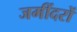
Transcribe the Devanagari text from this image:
जमींदरों